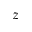
z